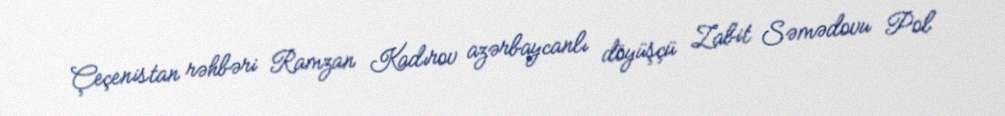
Çeçenistan rəhbəri Ramzan Kadırov azərbaycanlı döyüşçü Zabit Səmədovu Pol